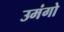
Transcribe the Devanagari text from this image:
उमंगो